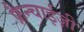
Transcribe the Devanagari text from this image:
फ्रैन्चाईज़ी